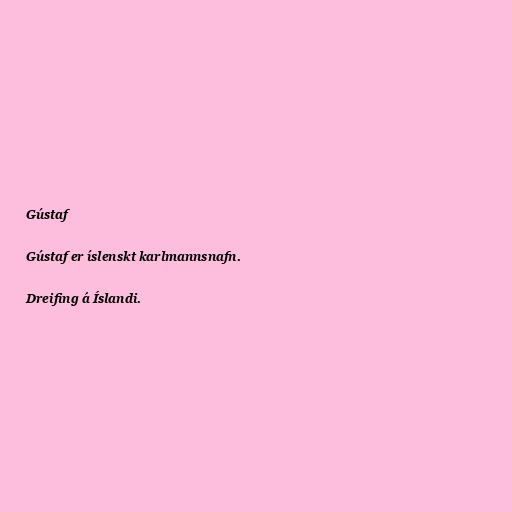
Gústaf

Gústaf er íslenskt karlmannsnafn.

Dreifing á Íslandi.